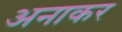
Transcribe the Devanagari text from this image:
अनाकर